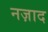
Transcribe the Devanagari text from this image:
नज़ाद